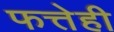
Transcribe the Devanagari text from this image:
फत्तेही